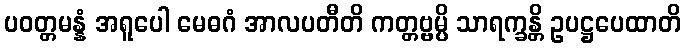
ပဝတ္တမန္နံ အရူပေါ မေဓဂံ အာလပတီတိ ကတ္တဗ္ဗမ္ပိ သာရက္ခန္တိ ဥပဋ္ဌပေထာတိ